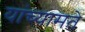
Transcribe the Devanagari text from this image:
यांच्यामते